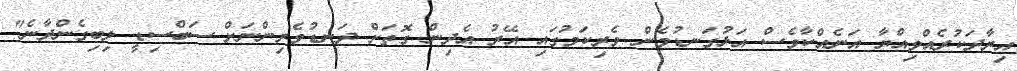
އިރާދަކުރެއްވިއްޔާ އަނެއްކާވެސް އަޅުގަނޑުމެން ވެރިކަމުގައި އޭރު އެދިން ގޮތަށް ދަނޑުވެެރިންނަށް ސަބްސިޑީ ލިބިގެންދާނެ"